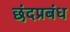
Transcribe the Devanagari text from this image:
छंदप्रबंध